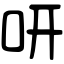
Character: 咞